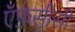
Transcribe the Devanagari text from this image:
ऍफ़सीसी